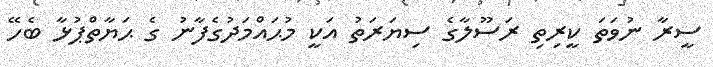
ސީރާ ނުވަތަ ކީރިތި ރަސޫލާގެ ސިޔަރަތު އަކީ މުޙައްމަދުގެފާނު ގެ ޙަޔާތްޕުޅާ ބެހޭ